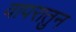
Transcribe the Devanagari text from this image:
वापरातुन